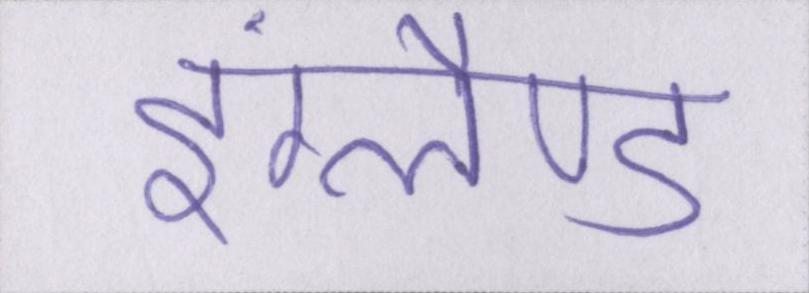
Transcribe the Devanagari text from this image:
इंग्लैण्ड